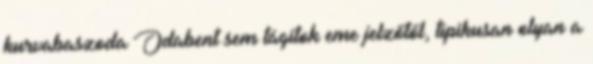
kurvabaszoda Odabent sem tágítok eme jelzőtől, tipikusan olyan a